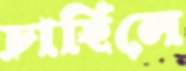
চাহিলে